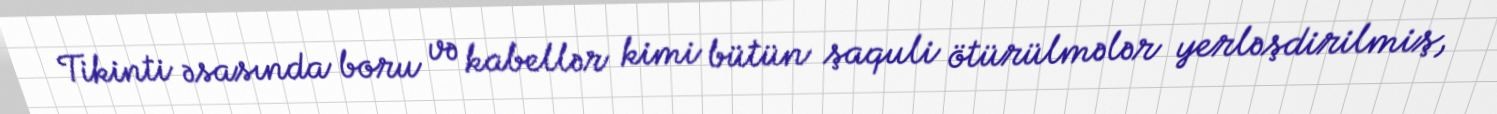
Tikinti əsasında boru və kabellər kimi bütün şaquli ötürülmələr yerləşdirilmiş,